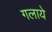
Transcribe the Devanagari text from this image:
गलाये